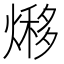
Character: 熪